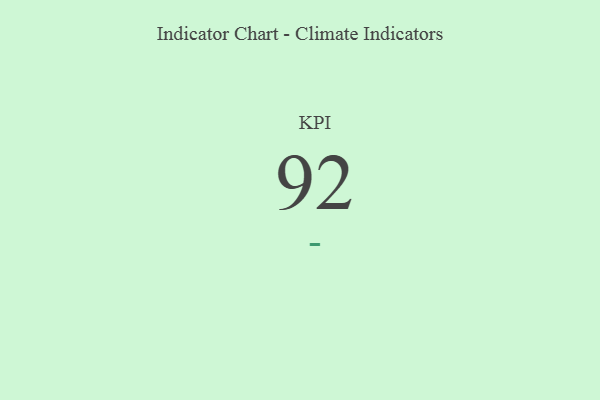
{"axis": {"x": "KPI", "y": "Value"}, "legend": [""], "data": [{"x": "KPI", "y": 92, "type": ""}]}